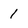
Character: 1